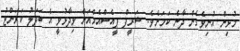
މުޅިން އުނިވެގެން ދާނެ ކަމަށެވެ. ޝަރީފް ޕީއެސްއެމްއަށް ވިދާޅުވީ އެ ބަދަލު ކަރަންޓު